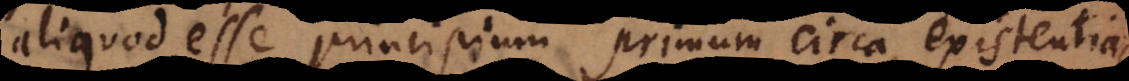
aliquod esse principium primum circa existentias